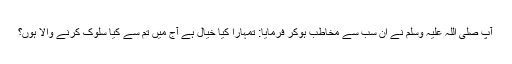
آپ صلی اللہ علیہ وَسلم نے اُن سب سے مخاطب ہوکر فرمایا: تمہارَا کیا خیال ہے آج میں تم سے کیا سلوک کرنے وَالا ہوں؟